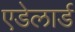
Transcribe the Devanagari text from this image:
एडेलार्ड